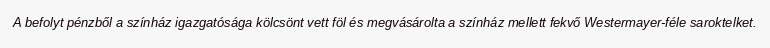
A befolyt pénzből a színház igazgatósága kölcsönt vett föl és megvásárolta a színház mellett fekvő Westermayer-féle saroktelket.